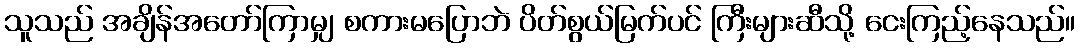
သူသည် အချိန်အတော်ကြာမျှ စကားမပြောဘဲ ပိတ်စွယ်မြက်ပင် ကြီးများဆီသို့ ငေးကြည့်နေသည်။